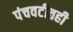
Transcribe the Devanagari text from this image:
पंचवटीतही